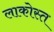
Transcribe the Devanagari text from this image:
लाकोस्त